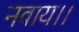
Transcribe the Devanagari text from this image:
नवाय।।